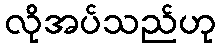
လိုအပ်သည်ဟု